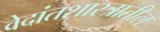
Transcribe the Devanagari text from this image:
वेदांतशास्त्रातील